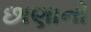
છાણાનો